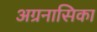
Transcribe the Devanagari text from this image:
अग्रनासिका